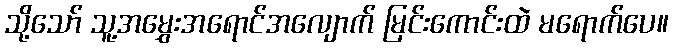
သို့သော် သူ့အမွှေးအရောင်အလျောက် မြင်းကောင်းထဲ မရောက်ပေ။